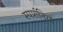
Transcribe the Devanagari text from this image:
स्पर्शनियाँ